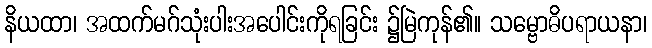
နိယထာ၊ အထက်မဂ်သုံးပါးအပေါင်းကိုရခြင်း ၌မြဲကုန်၏။ သမ္ဗောဓိပရာယနာ၊